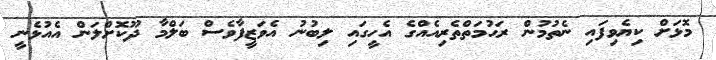
މޮޅަށް ކިޔެވިފައި ނެތުމުން ރަޙުމަތްތެރިއެއްގެ އެހީގައި ލިބުނު އެވަޒީފާވެސް ބަލްމާ ދޫކޮށްލަން އެއުޅެނީ